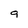
Character: 9